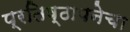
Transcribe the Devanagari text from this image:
प्रतिष्ठापनेचा